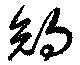
約